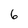
Character: 6